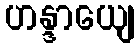
ဟန္ဒာယျေ